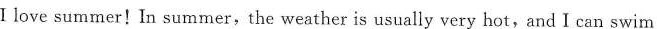
I love summer! In summer, the weather is usually very hot,and I can swim